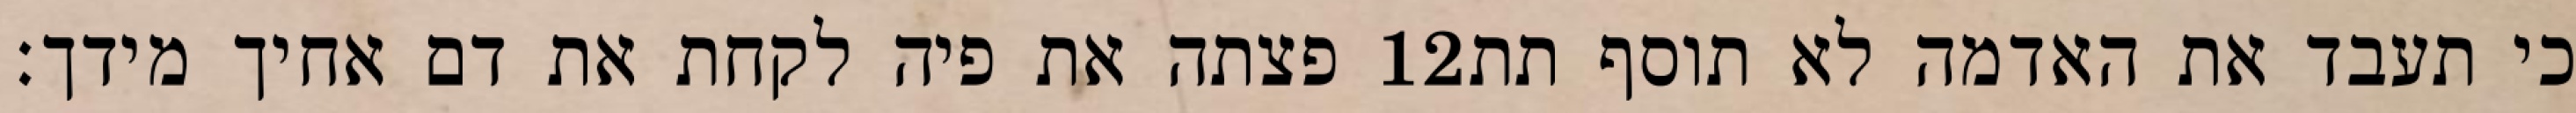
פצתה את פיה לקחת את דם אחיך מידך׃ ‎12‏ כי תעבד את האדמה לא תוסף תת